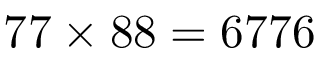
7 7 \times 8 8 = 6 7 7 6